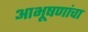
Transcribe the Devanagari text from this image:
आभूषणांचा